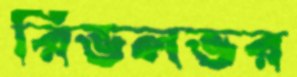
রিভলভর